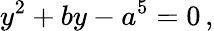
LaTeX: y^{2}+by-a^{5}=0\, ,